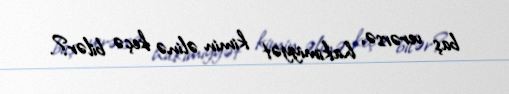
baş verərsə, hakimiyyət kimin əlinə keçə bilər?.